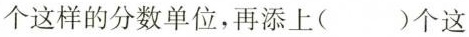
个这样的分数单位，再添上( )个这